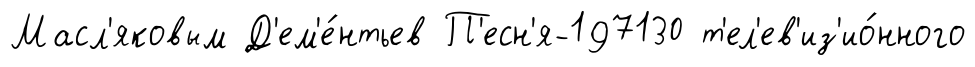
Масл'яковым Д'ем'е́нтьев П'есн'я-197130 т'ел'ев'из'ио́нного